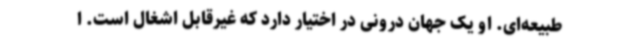
طبیعه‌ای. او یک جهان درونی در اختیار دارد که غیرقابل اشغال است. ا